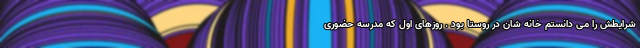
شرایطش را می دانستم خانه شان در روستا بود . روزهای اول که مدرسه حضوری